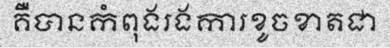
គឺបានកំពុងរងការខូចខាតជា